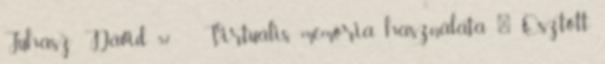
Juhász Dávid 57 Virtuális memória használata ● Osztott